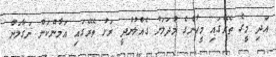
އަދި މީގެ ތެރޭގައި މީހުންގެ މުދަލަށް ގެއްލުންދީ ރަށު ތެރޭގައި އަމާންކަން ނަގާލަން